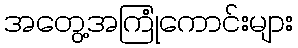
အတွေ့အကြုံကောင်းများ